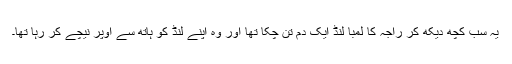
یہ سب کچھ دیکھ کر راجہ کا لمبا لنڈ ایک دم تن چکا تھا اور وہ اپنے لنڈ کو ہاتھ سے اوپر نیچے کر رہا تھا۔